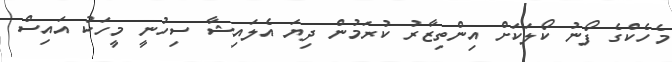
މެހެކްގެ ފޯނު ކޯލަކަށް އިންތިޒާރު ކުރަމުން ދިޔަ އެލައިޝާ ސިހުނީ މީހަކު އައިސް